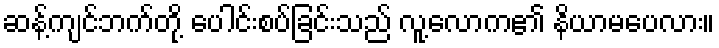
ဆန့်ကျင်ဘက်တို့ ပေါင်းစပ်ခြင်းသည် လူ့လောက၏ နိယာမပေလား။